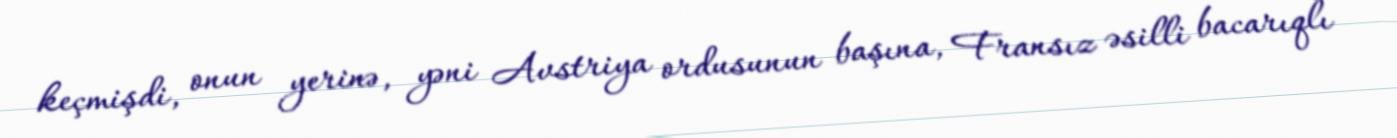
keçmişdi, onun yerinə, yəni Avstriya ordusunun başına, Fransız əsilli bacarıqlı